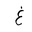
Letter: _gayn